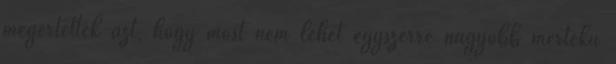
megértették azt, hogy most nem lehet egyszerre nagyobb mértékű